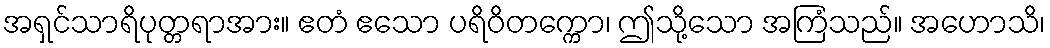
အရှင်သာရိပုတ္တရာအား။ ဧတံ ဧသော ပရိဝိတက္ကော၊ ဤသို့သော အကြံသည်။ အဟောသိ၊